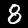
Digit: 8